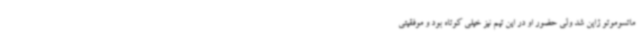
ماتسوموتو ژاپن شد ولی حضور او در این تیم نیز خیلی کوتاه بود و موفقیتی